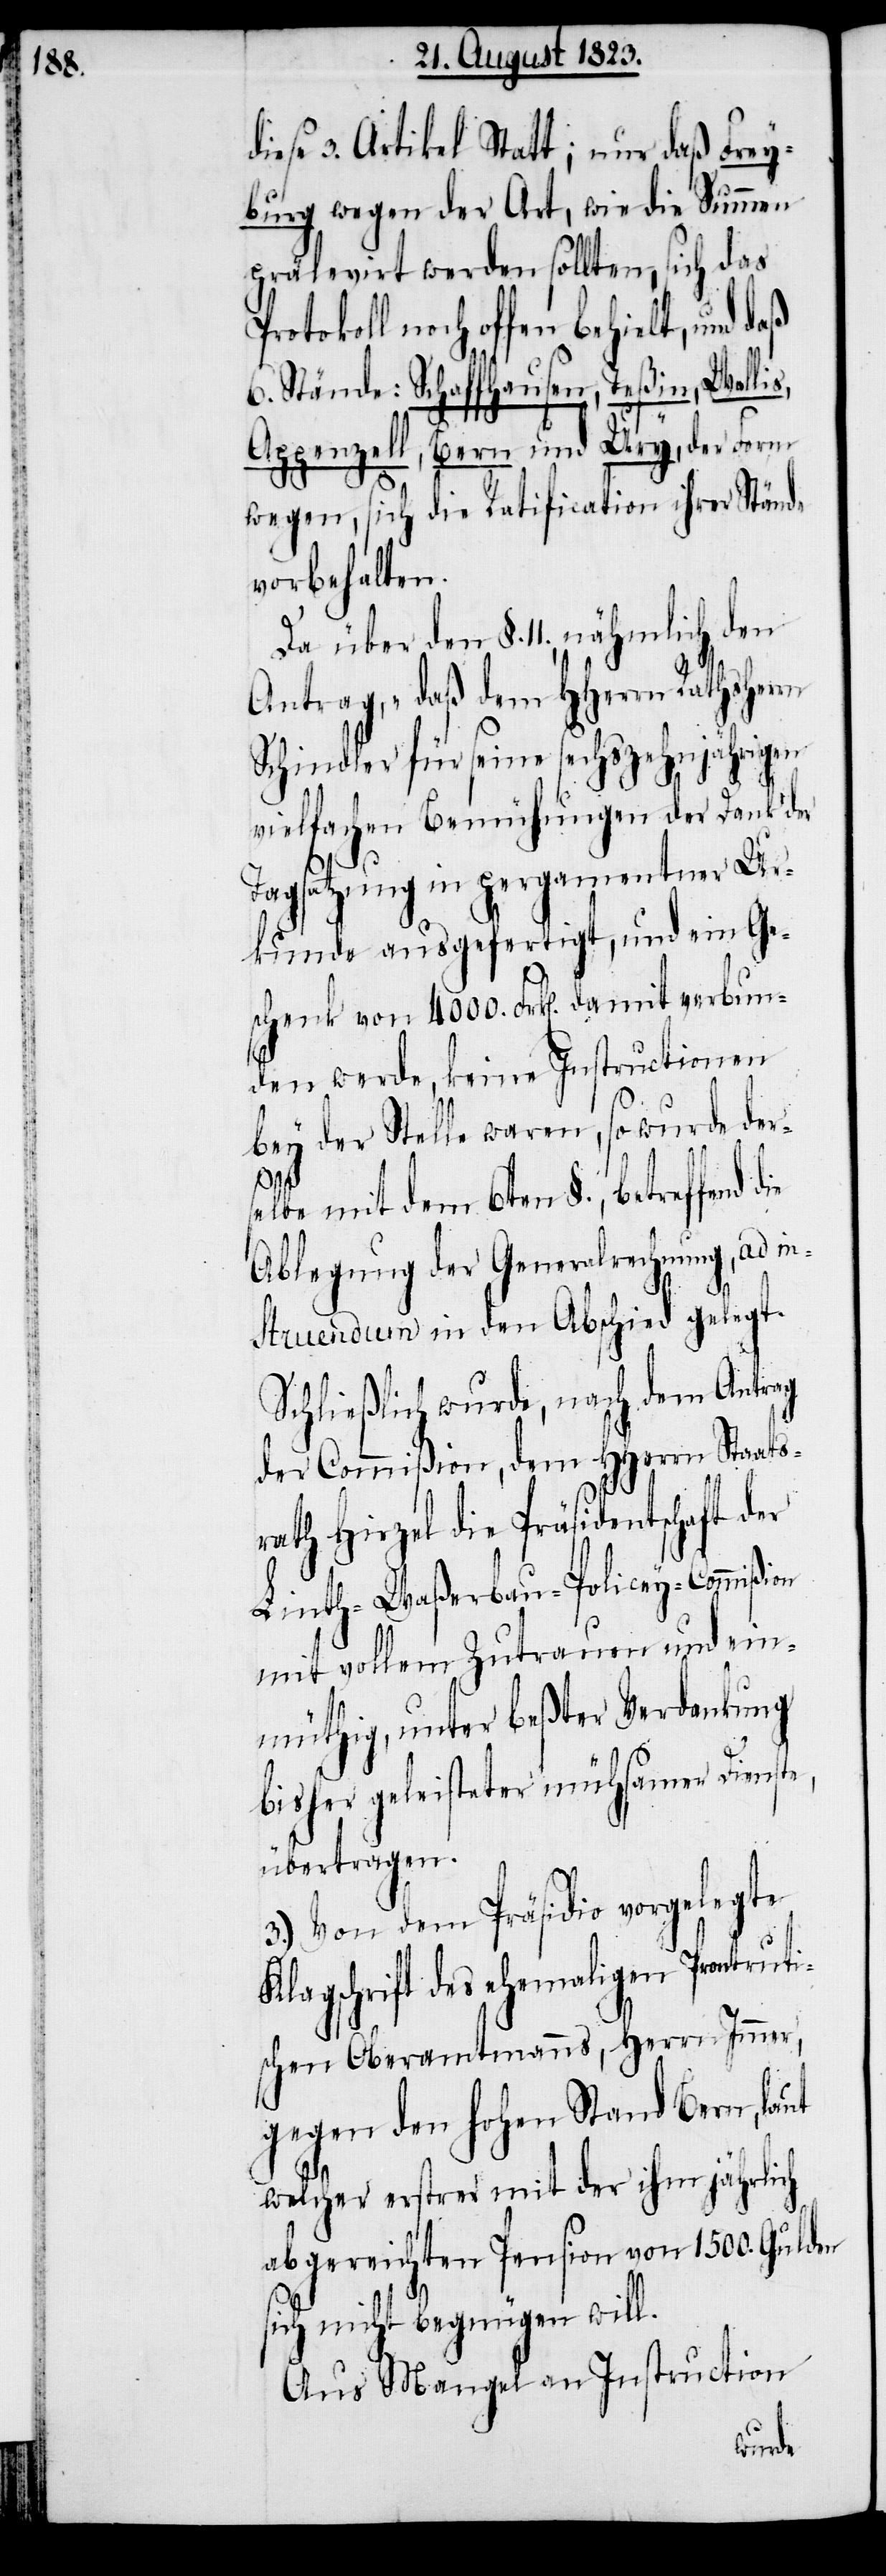
diese 3. Artikel Statt; nur daß Frey¬
burg wegen der Art, wie die Summen
prälevirt werden sollten, sich das
noch offen behielt, und daß
6. Stände: Schaffhausen, Teßin, Wallis,
Appenzell, Bern und Ury, der Form
wegen, sich die Ratification ihrer Stände
vorbehalten.
Da über den §. 11., nähmlich den
Antrag, „daß dem HHerrn Rathsherrn
Schindler für seine sechszehnjährigen
vielfachen Bemühungen der Dank der
Tagsatzung in pergamentner Ur¬
kunde ausgefertigt, und ein Ge¬
schenk von 4000. Frk[en]. damit verbun¬
den werde, keine Instructionen
bey der Stelle waren, so wurde ders¬
elbe mit dem 6ten §., betreffend
Ablegung der Generalrechnung, ad in¬
struendum in den Abschied gelegt.
Schließlich wurde, nach dem Antrag
der Commißion, dem HHerrn Staats¬
rath Hirzel die Präsidentschaft der
Linth-Waßerbau-Policey-Commißion
mit vollem Zutrauen und ein¬
müthig, unter beßter Verdankung
bisher geleisteter mühsamer Dienste,
übertragen.
3.) Von dem Präsidio vorgelegte
Klagschrift des ehemaligen Prontruti¬
schen Oberamtmanns, Herrn Immer,
gegen den hohen Stand Bern, laut
welcher erstrer mit der ihm jährlich
abgereichten Pension von 1500. Gulden
sich nicht begnügen will.
Aus Mangel an Instruction